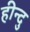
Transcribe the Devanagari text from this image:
हीन्दु